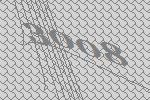
3008